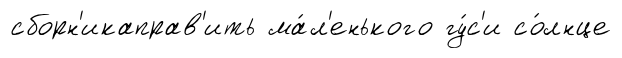
сборн'икаправ'ить ма́л'енького гу́с'и со́лнце